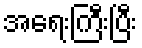
အရေးကြီးပြီး